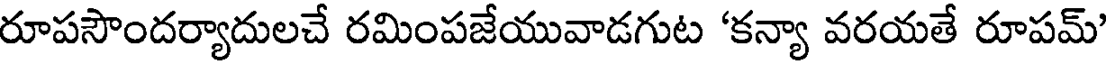
రూపసౌందర్యాదులచే రమింపజేయువాడగుట 'కన్యా వరయతే రూపమ్